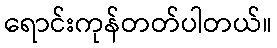
ရောင်းကုန်တတ်ပါတယ်။